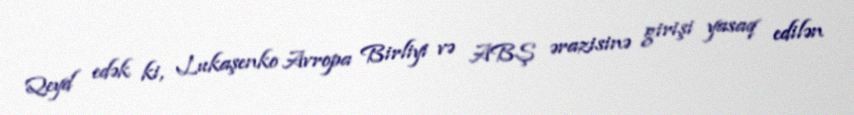
Qeyd edək ki, Lukaşenko Avropa Birliyi və ABŞ ərazisinə girişi yasaq edilən